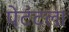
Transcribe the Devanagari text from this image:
पेटंटला